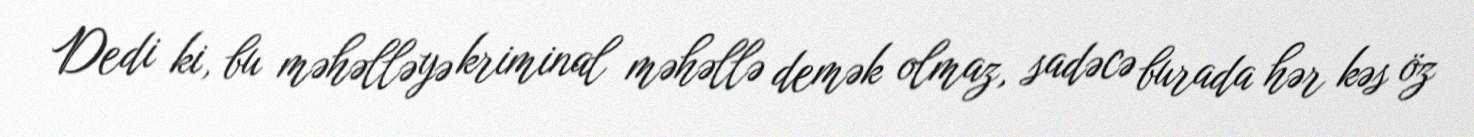
Dedi ki, bu məhəlləyə kriminal məhəllə demək olmaz, sadəcə burada hər kəs öz